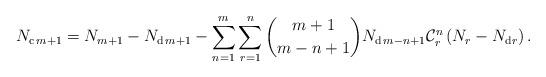
LaTeX: \begin{align*}N_{\mathrm{c}\,m+1}=N_{m+1}-N_{\mathrm{d}\,m+1}-\sum_{n=1}^{m}\sum_{r=1}^{n}\binom{m+1}{m-n+1}N_{\mathrm{d}\,m-n+1}\mathcal{C}_{r}^{n}\left(N_{r}-N_{\mathrm{d}r}\right).\end{align*}